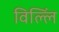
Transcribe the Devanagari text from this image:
विल्लिं